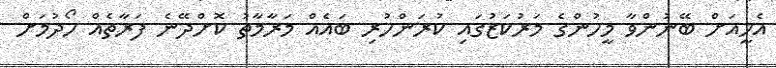
އެހީއަށް ބޭނުންވާ މީހުންގެ މަރުކަޒުގައި ކުރަންހުރި ބައެއް މަރާމާތު ކޮށްދޭނެ ފަރާތެއް ހޯދުމަށް